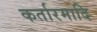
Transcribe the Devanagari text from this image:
कर्तारमादि